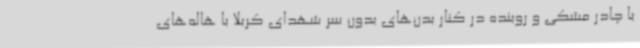
با چادر مشکی و روبنده در کنار بدن‌های بدون سر شهدای کربلا با هاله‌های